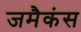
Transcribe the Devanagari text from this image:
जमैकंस